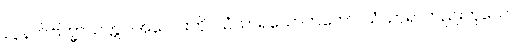
လူနတ်ဗြဟ္မာသတ္တဝါအပေါင်းကို။ သံသာရသောတတော၊ သံသာရာတည်းဟူသော